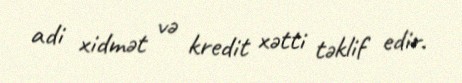
adi xidmət və kredit xətti təklif edir.